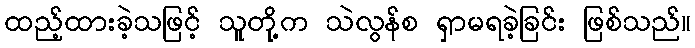
ထည့်ထားခဲ့သဖြင့် သူတို့က သဲလွန်စ ရှာမရခဲ့ခြင်း ဖြစ်သည်။